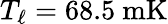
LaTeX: T_{\ell}=68.5\ \mathrm{mK}